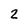
Character: 2